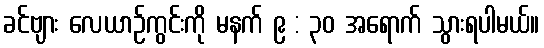
ခင်ဗျား လေယာဉ်ကွင်းကို မနက် ၉ : ၃၀ အရောက် သွားရပါမယ်။